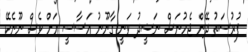
ފުރުސަތު ދޭން ޖެހުނަސް ނަޝީދު ވަނީ ގާނޫނު އަސާސީ އަށް ވެސް ނޫނެކޭ